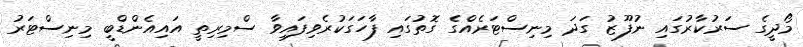
މޯދީގެ ސަރުކާރުގައި ނުފޫޒު ގަދަ މިނިސްޓަރެއްގެ ގޮތުގައި ފާހަގަކުރެވިފައިވާ ސްމިރިތީ އައިއެންޑްބީ މިނިސްޓަރު